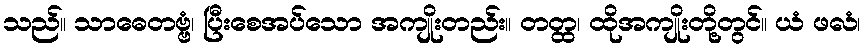
သည်။ သာဓေတဗ္ဗံ၊ ပြီးစေအပ်သော အကျိုးတည်း။ တတ္ထ၊ ထိုအကျိုးတို့တွင်။ ယံ ဖလံ၊